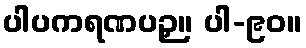
ပါပကရဏပဉှ။ ပါ-၉၀။